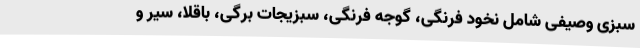
سبزی وصیفی شامل نخود فرنگی، گوجه فرنگی، سبزیجات برگی، باقلا، سیر و